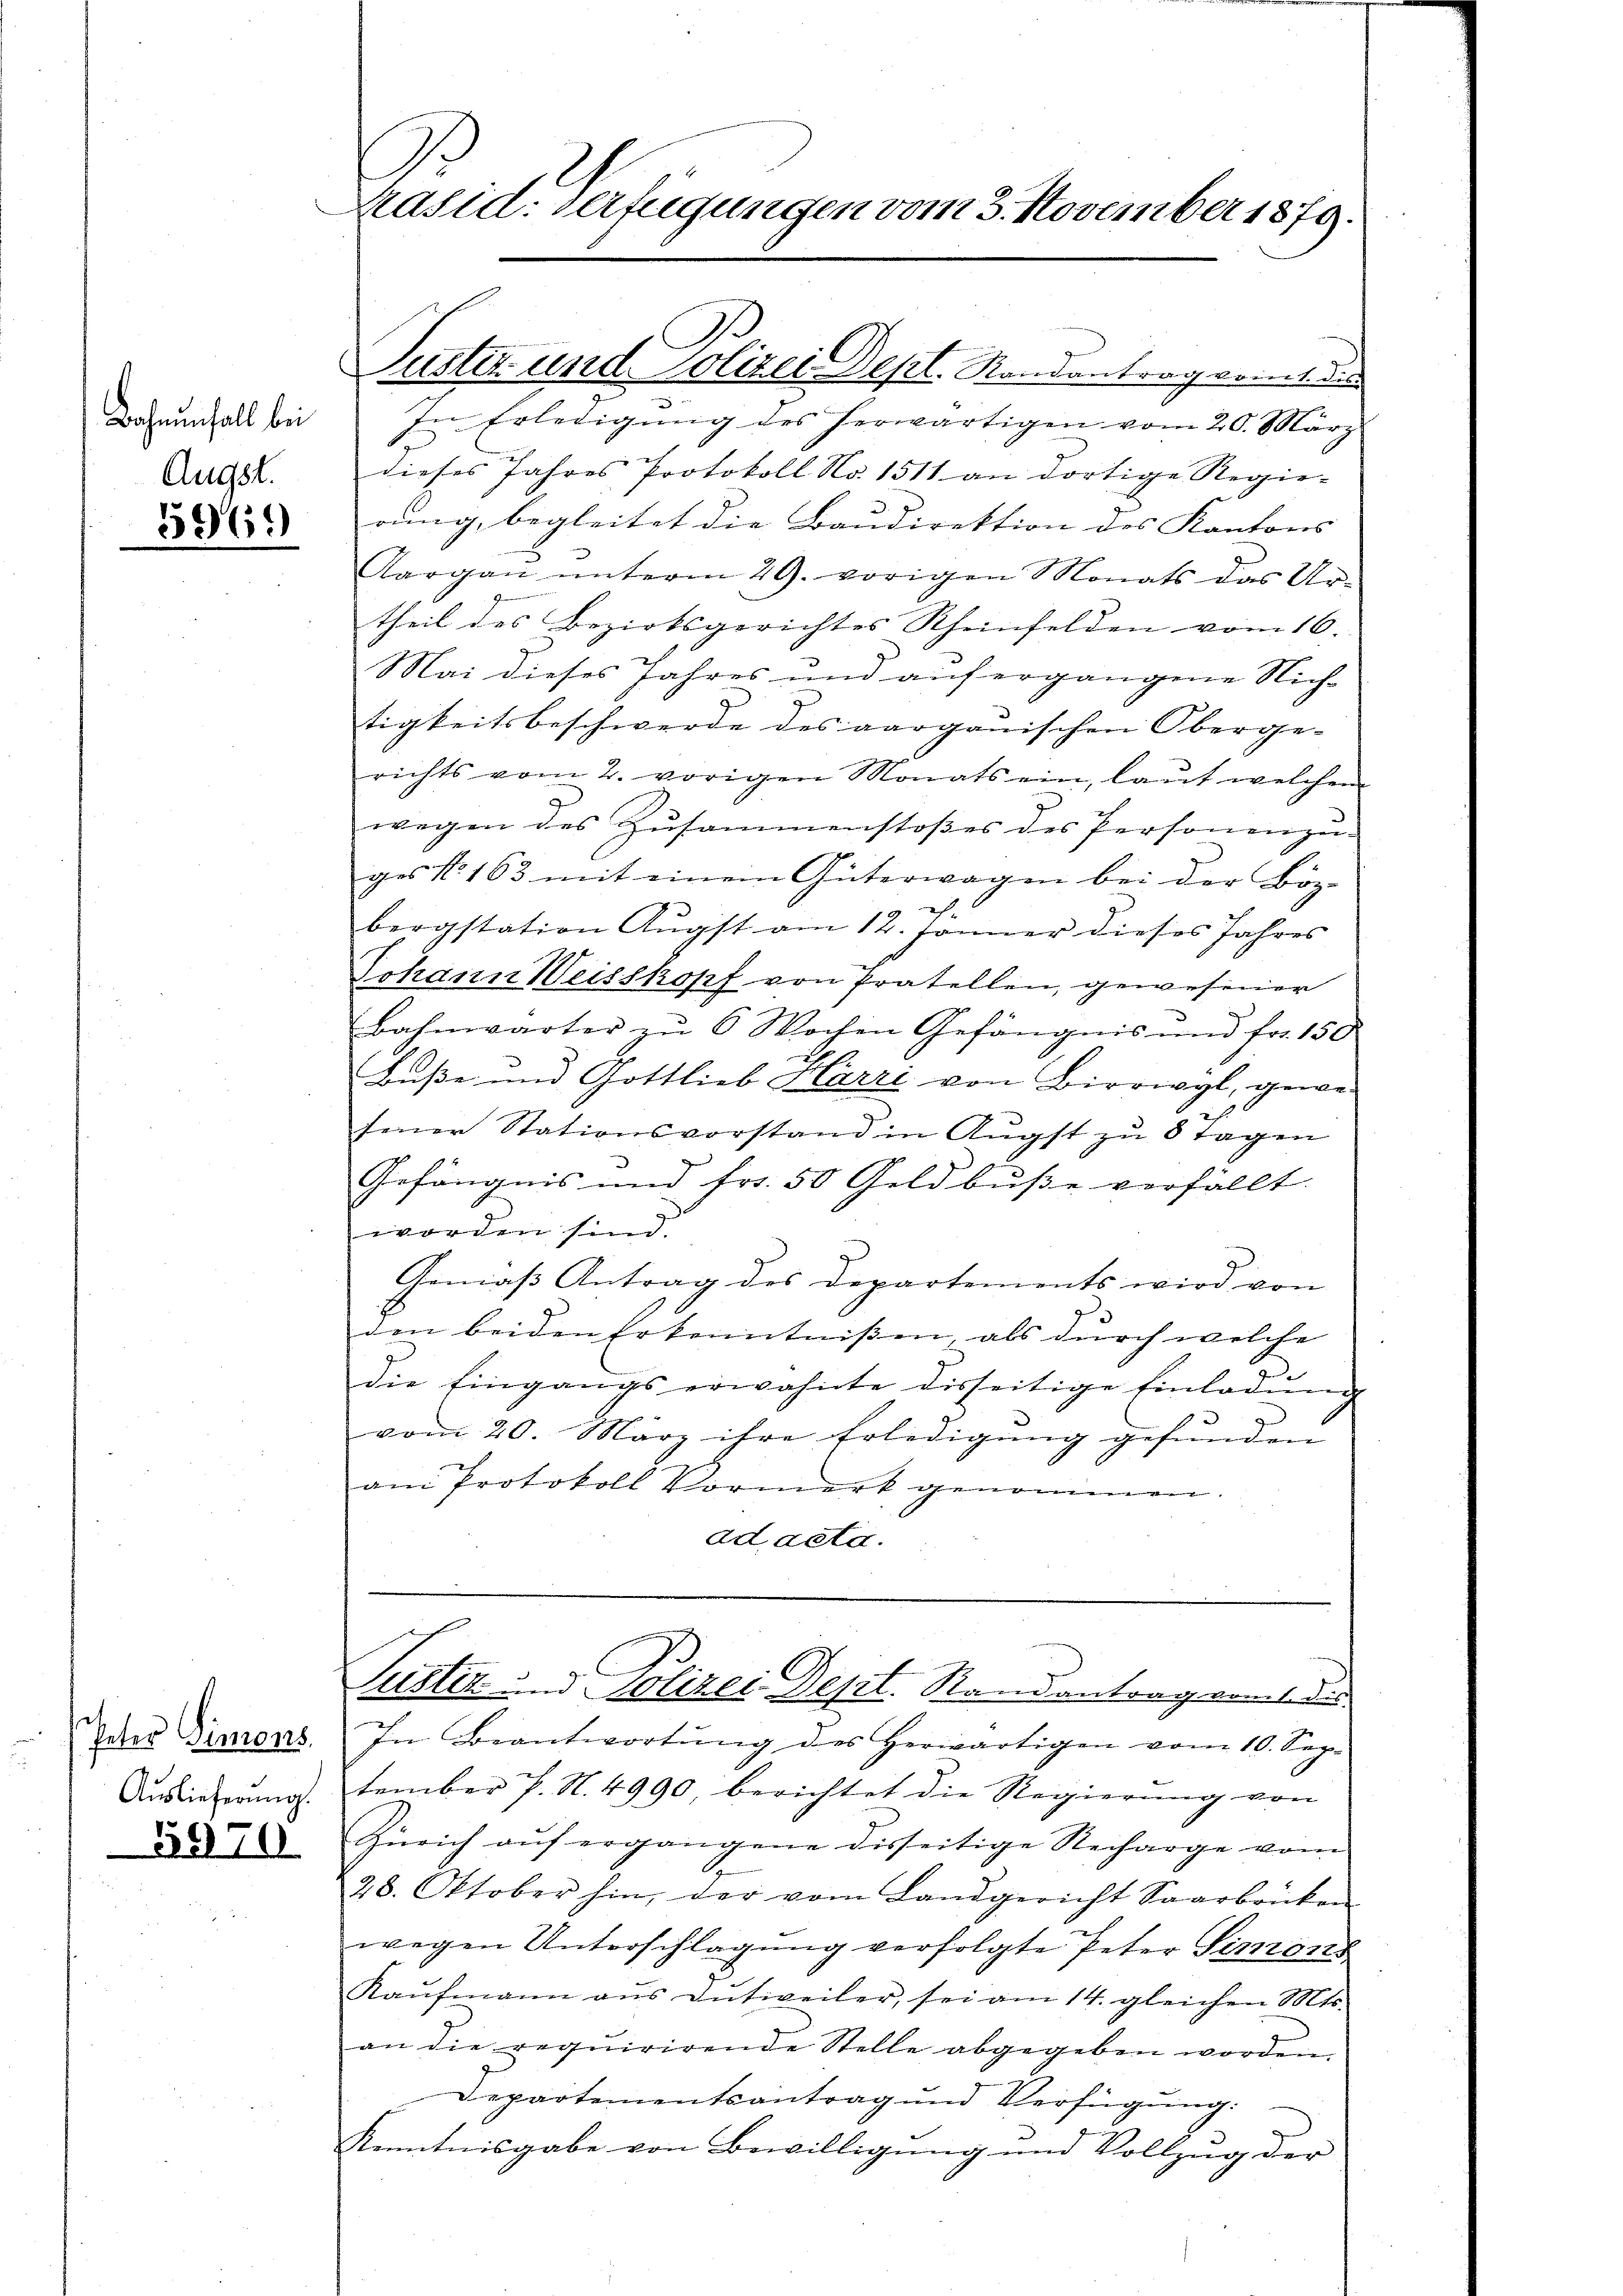
Bahnenfall bei
Augst.

5969

Peter Simons.
Auslieferung.

5970.

Präsid. Verfügungen vom 3. November 1879.

Suster und Polizei Dept. Randantrag kommt dies

In Erledigŭng des herwärtigen vom 20. März
dieses Jahres Protokoll No 1511 an dortige Regie-
rung, begleitet die Baudirektion des Kantons
Aargaŭ ŭnterm 29. vorigen Monats das Ur-
theil des Bezirksgerichtes Rheinfelden vom 16.
Mai dieses Jahres und auf ergangene Nich
tigkeitsbeschwerde des aarganischen Oberge-
richts vom 2. vorigen Monats ein, laŭt welchem
wegen des Zusammenstoßes des Personenzu-
ges No 163 mit einem Güterwagen bei der Böz-
1
bergstation Aŭgst am 12. Jänner dieses Jahres
Johann Weisskopf von Pratellen, gewesener
Bahnwärter zŭ 6 Wochen Gefängnis und fr. 150
Buße und Gottlieb Harri von Birrwyl, gewesener Stationsvorstand in Augst zu 8 Tagen
Gefängnis und Fr. 50 Geldbusse verfällt.
worden sind.
Gemäß Antrag des Departements wird von
den beiden Erkenntnißen, als durch welche
die Eingangs erwähnte disseitige Einladŭng
vom 20. März ihre Erledigung gefunden
am Protokoll Vormerk genommen.
ad acta.
Justiz und Polizei Dept. Randantrag vom 1 des
In Beantwortŭng des herwärtigen vom 10. Sep.
tember P. N. 4990 berichtet die Regierŭng von
Zürich aŭf ergangene disseitige Recharge vom
.
28. Oktober hin, der vom Landgericht Saarbrücken
wegen Unterschlagung verfolgte Peter Simons
Kaŭfmann ans Dŭtweiler, sei am 14. gleichen Mts.
an die requirirende Stelle abgegeben worden.
Departementsantrag und Verfügung:
Kenntnisgabe von Bewilligung und Vollzug der